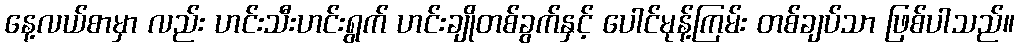
နေ့လယ်စာမှာ လည်း ဟင်းသီးဟင်းရွက် ဟင်းချိုတစ်ခွက်နှင့် ပေါင်မုန့်ကြမ်း တစ်ချပ်သာ ဖြစ်ပါသည်။